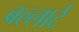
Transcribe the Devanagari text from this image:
बल्लार्ट